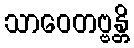
သာဝေတဗ္ဗန္တိ